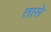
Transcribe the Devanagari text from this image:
तासे